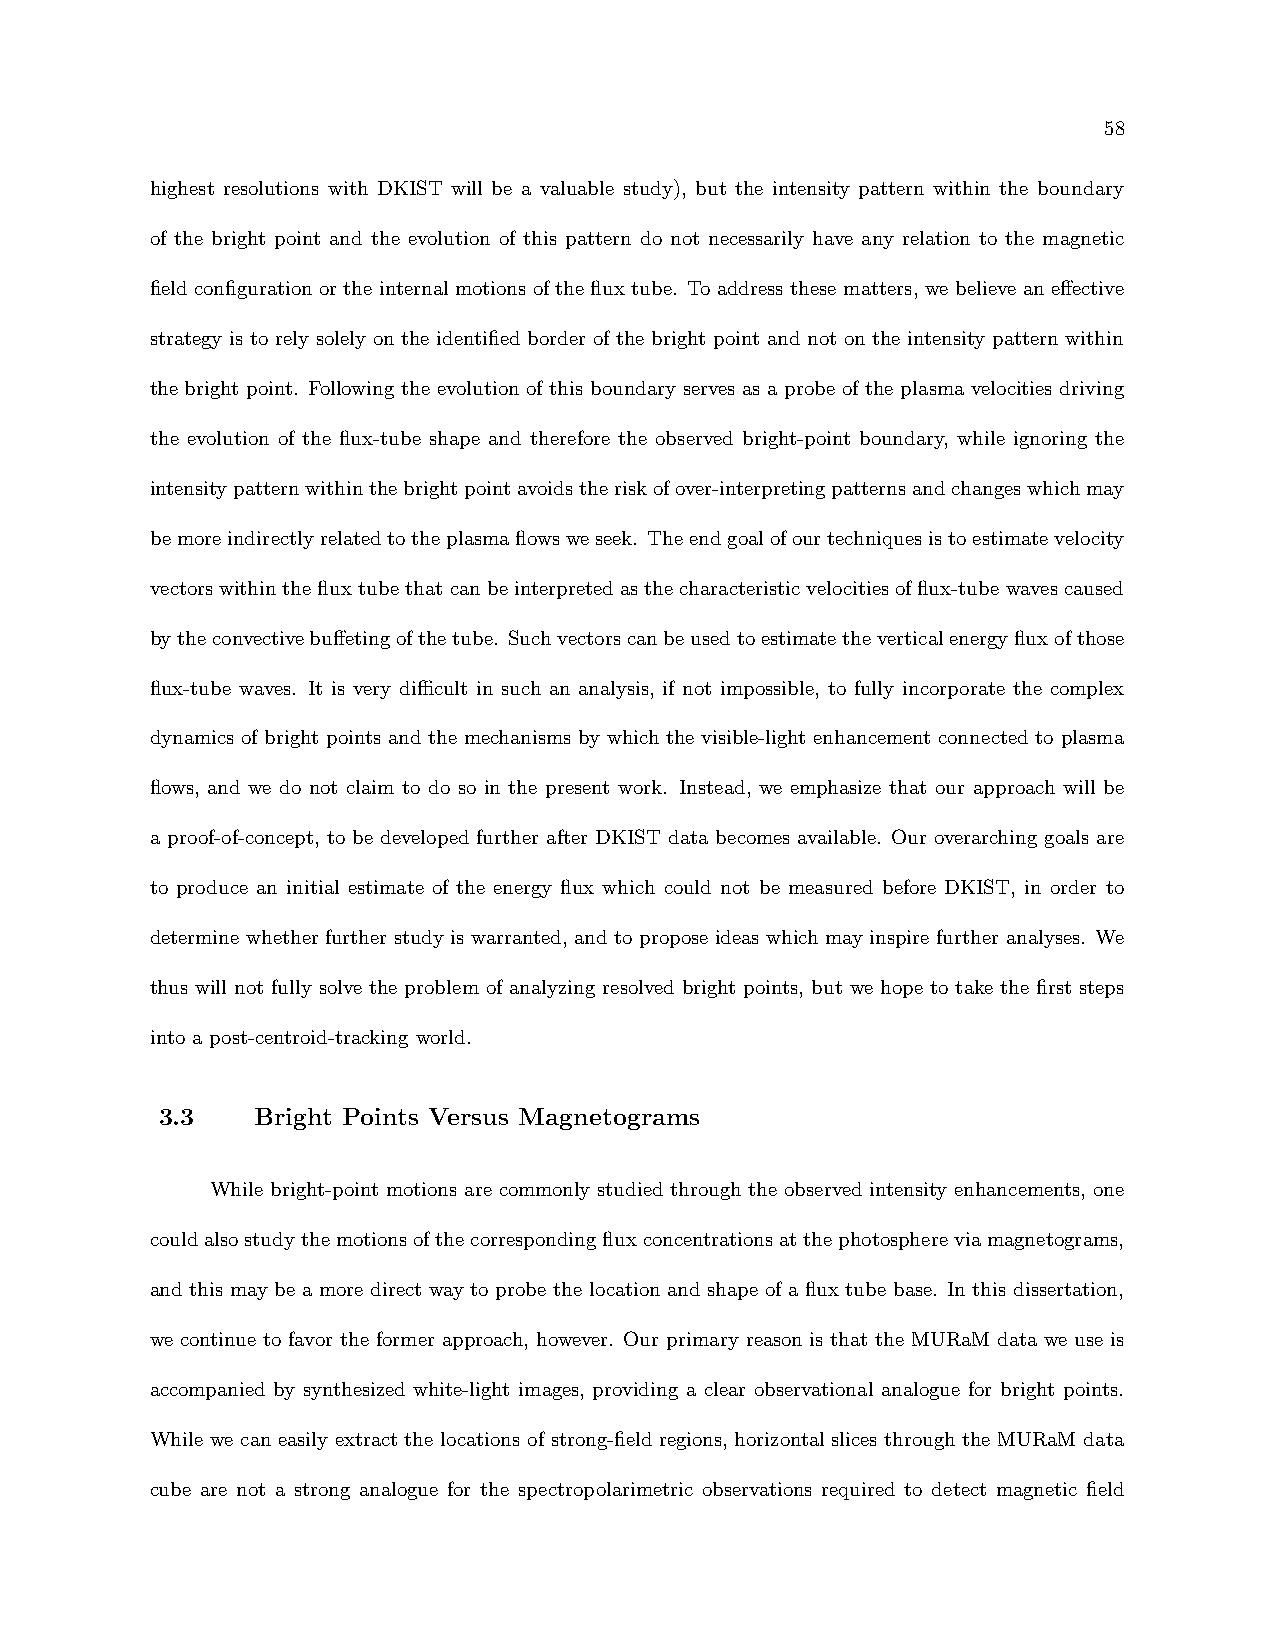
58
 highest resolutions with DKIST will be a valuable study), but the intensity pattern within the boundary
 of the bright point and the evolution of this pattern do not necessarily have any relation to the magnetic
 field configuration or the internal motions of the flux tube. To address these matters, we believe an effective
 strategy is to rely solely on the identified border of the bright point and not on the intensity pattern within
 the bright point. Following the evolution of this boundary serves as a probe of the plasma velocities driving
 the evolution of the flux-tube shape and therefore the observed bright-point boundary, while ignoring the
 intensitypatternwithinthebrightpointavoidstheriskofover-interpretingpatternsandchangeswhichmay
 bemoreindirectlyrelatedtotheplasmaflowsweseek. Theendgoalofourtechniquesistoestimatevelocity
 vectorswithinthefluxtubethatcanbeinterpretedasthecharacteristicvelocitiesofflux-tubewavescaused
 bytheconvectivebuffetingofthetube. Suchvectorscanbeusedtoestimatetheverticalenergyfluxofthose
 flux-tube waves. It is very difficult in such an analysis, if not impossible, to fully incorporate the complex
 dynamics of bright points and the mechanisms by which the visible-light enhancement connected to plasma
 flows, and we do not claim to do so in the present work. Instead, we emphasize that our approach will be
 a proof-of-concept, to be developed further after DKIST data becomes available. Our overarching goals are
 to produce an initial estimate of the energy flux which could not be measured before DKIST, in order to
 determine whether further study is warranted, and to propose ideas which may inspire further analyses. We
 thus will not fully solve the problem of analyzing resolved bright points, but we hope to take the first steps
 into a post-centroid-tracking world.
 3.3   Bright Points Versus Magnetograms
 While bright-point motions are commonly studied through the observed intensity enhancements, one
 couldalsostudythemotionsofthecorrespondingfluxconcentrationsatthephotosphereviamagnetograms,
 and this may be a more direct way to probe the location and shape of a flux tube base. In this dissertation,
 we continue to favor the former approach, however. Our primary reason is that the MURaM data we use is
 accompanied by synthesized white-light images, providing a clear observational analogue for bright points.
 While we can easily extract the locations of strong-field regions, horizontal slices through the MURaM data
 cube are not a strong analogue for the spectropolarimetric observations required to detect magnetic field